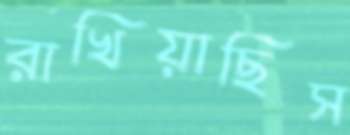
রাখিয়াছিস